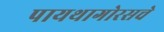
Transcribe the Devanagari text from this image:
पायथागोरसचे